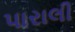
પારાલી